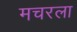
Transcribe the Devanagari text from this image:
मचरला